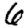
Digit: 6